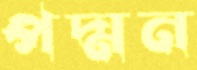
পদ্মন